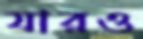
যারও